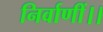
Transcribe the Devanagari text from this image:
निर्वाणीं।।